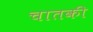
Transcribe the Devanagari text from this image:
चातकी